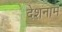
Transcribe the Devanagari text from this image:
देशनाम